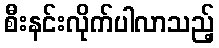
စီးနင်းလိုက်ပါလာသည့်